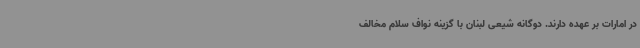
در امارات بر عهده دارند. دوگانه شیعی لبنان با گزینه نواف سلام مخالف